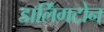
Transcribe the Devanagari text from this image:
डार्लिंगटोन